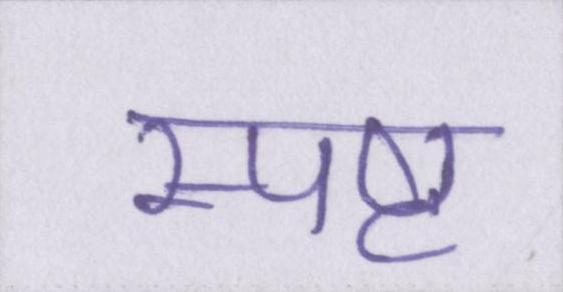
स्पष्ट